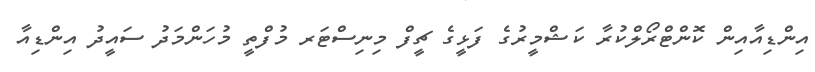
އިންޑިއާއިން ކޮންޓްރޯލްކުރާ ކަޝްމީރުގެ ފަޅީގެ ޗީފް މިނިސްޓަރ މުފްތީ މުހަންމަދު ސައީދު އިންޑިއާ